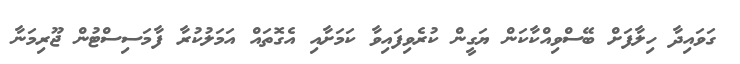
ގަވައިދާ ހިލާފަށް ބޭސްވިއްކާކަން ޔަގީން ކުރެވިފައިވާ ކަމަށާއި އެގޮތައް އަމަލުކުރާ ފާމަސިސްޓުން ޖޫރިމަނާ